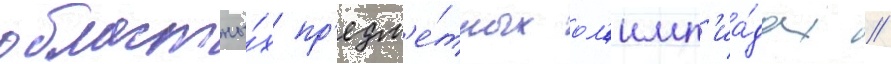
областны́х пр'едм'е́тных ол'имп'иа́дах //